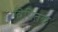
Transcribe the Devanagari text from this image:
त्रिपितक